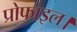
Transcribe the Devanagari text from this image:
प्रोफाइल।